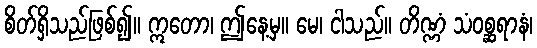
စိတ်ရှိသည်ဖြစ်၍။ ဣတော၊ ဤနေ့မှ။ မေ၊ ငါသည်။ တိဏ္ဏံ သံဝစ္ဆရာနံ၊